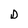
Character: D